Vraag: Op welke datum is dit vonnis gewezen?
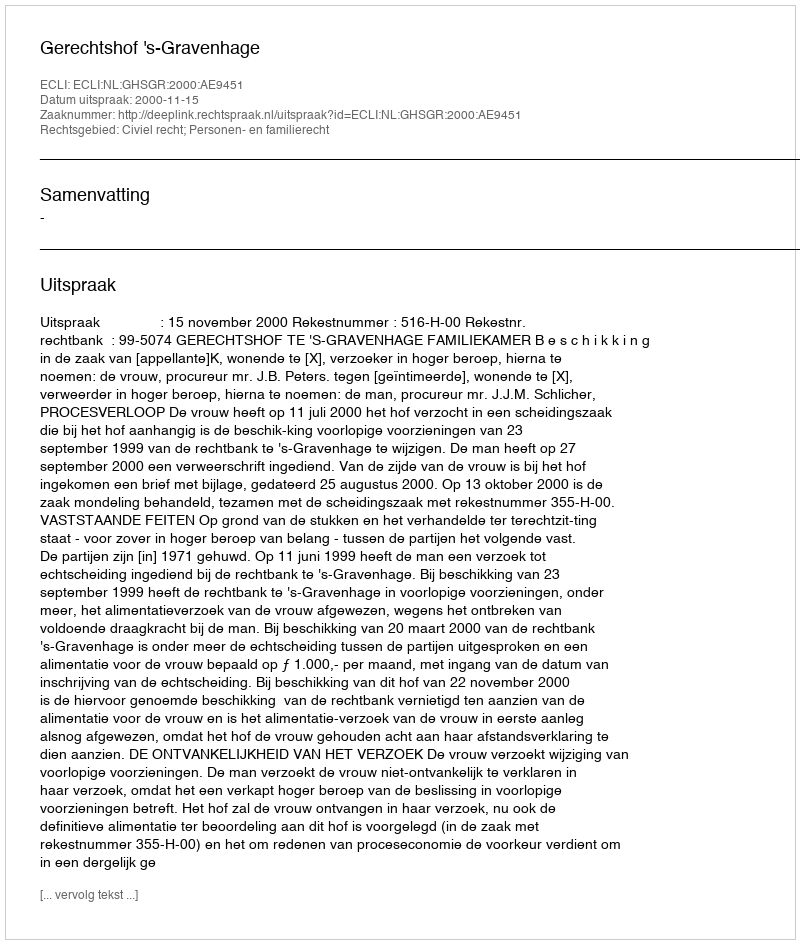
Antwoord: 2000-11-15